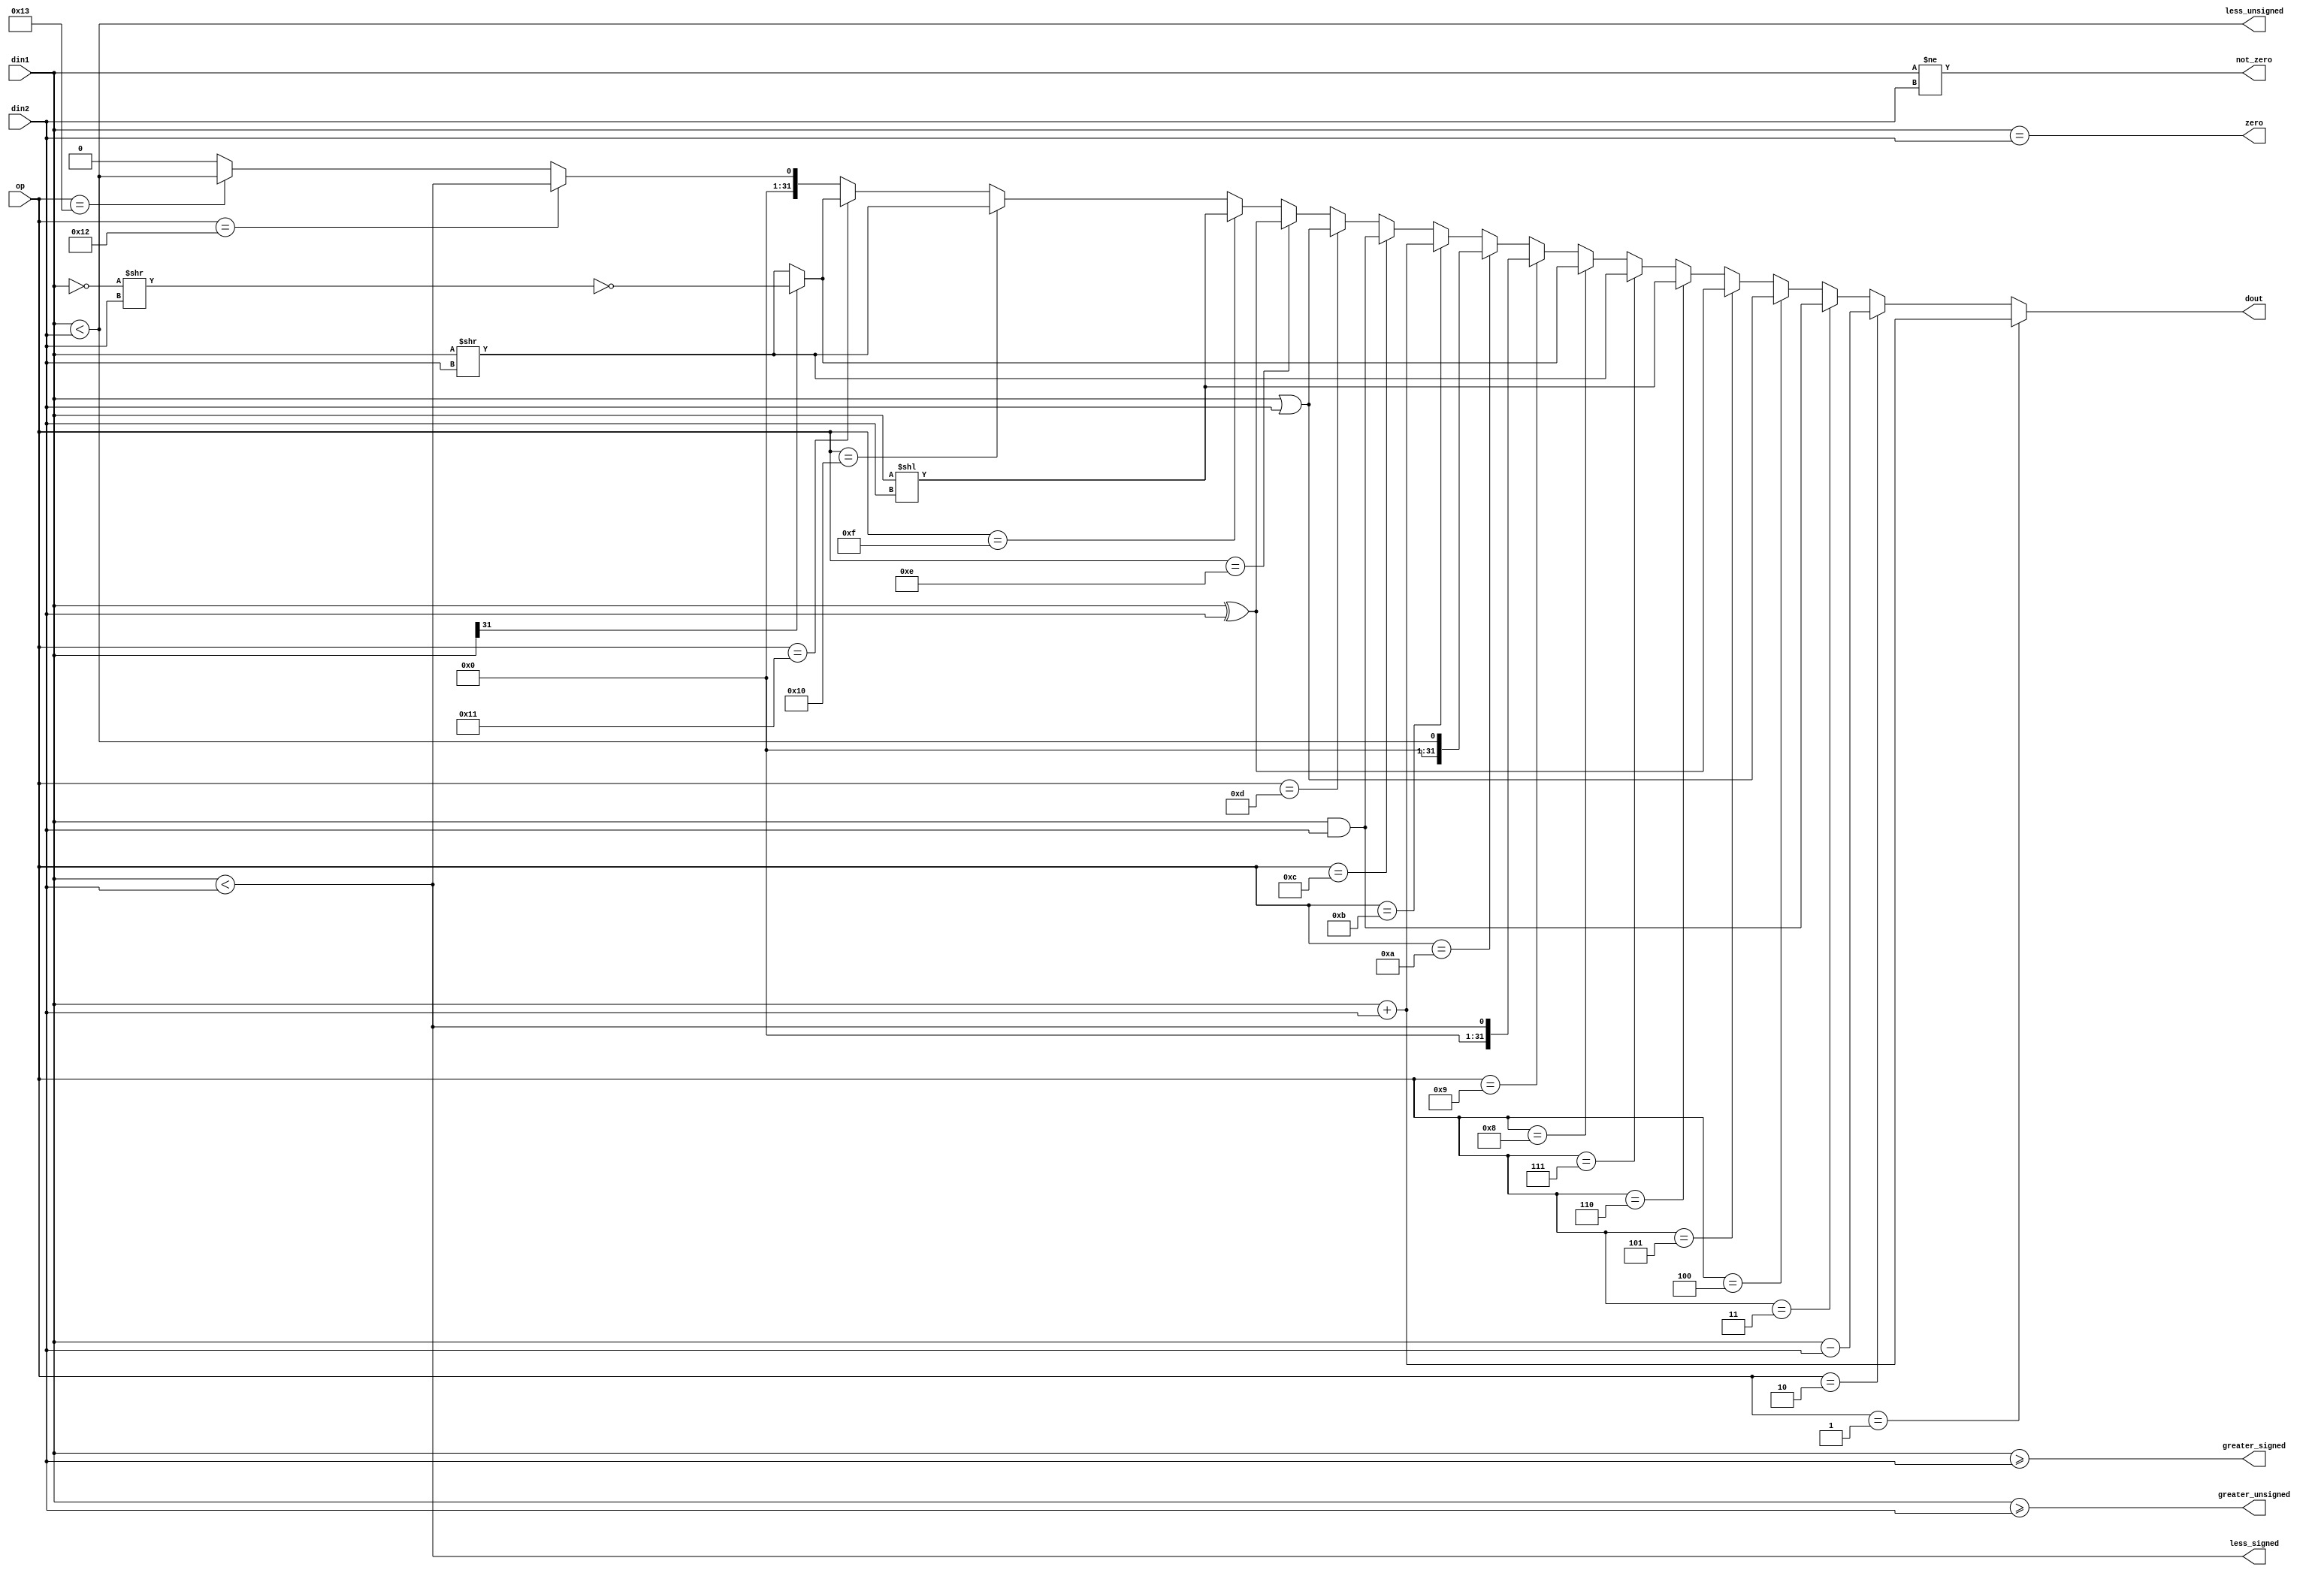
`timescale 1ns / 1ps
//////////////////////////////////////////////////////////////////////////////////
// Company: 
// Engineer: 
// 
// Design Name: 
// Module Name: alu
// Project Name: 
// Target Devices: 
// Tool Versions: 
// Description: 
// 
// Dependencies: 
// 
// Revision:
// Revision 0.01 - File Created
// Additional Comments:
// 
//////////////////////////////////////////////////////////////////////////////////


module alu # (
    parameter DATA_WIDTH = 32
)(
    input [DATA_WIDTH-1:0] din1,
    input [DATA_WIDTH-1:0] din2,
    input [4:0] op,
    output [DATA_WIDTH-1:0] dout,
    output zero, not_zero, greater_signed, greater_unsigned, less_signed, less_unsigned
);
    assign dout = (op == 5'b00001) ? (din1 + din2) :
                  (op == 5'b00010) ? (din1 - din2) :
                  (op == 5'b00011) ? (din1 & din2) :
                  (op == 5'b00100) ? (din1 | din2) :
                  (op == 5'b00101) ? (din1 ^ din2) :
                  (op == 5'b00110) ? (din1 << din2) :
                  (op == 5'b00111) ? (din1 >> din2) :
                  (op == 5'b01000) ? ((din1[31]==1'b1)?~((~din1)>>din2):(din1>>din2)) : //signed>>>bug
                  (op == 5'b01001) ? ($signed(din1) < $signed(din2)) :
                  (op == 5'b01010) ? (din1 < din2) :
                  
                  (op == 5'b01011) ? (din1 + din2) :
                  (op == 5'b01100) ? (din1 & din2) :
                  (op == 5'b01101) ? (din1 | din2) :
                  (op == 5'b01110) ? (din1 ^ din2) :
                  (op == 5'b01111) ? (din1 << din2) :
                  (op == 5'b10000) ? (din1 >> din2) :
                  (op == 5'b10001) ? ((din1[31]==1'b1)?~((~din1)>>din2):(din1>>din2)) :
                  (op == 5'b10010) ? ($signed(din1) < $signed(din2)) :
                  (op == 5'b10011) ? (din1 < din2) : 0;
                  
    assign zero = ($signed(din1) == $signed(din2));
    assign greater_signed = ($signed(din1) >= $signed(din2));
    assign greater_unsigned = (din1 >= din2);
    assign less_signed = ($signed(din1) < $signed(din2));
    assign less_unsigned = (din1 < din2);
    assign not_zero = (din1 != din2);
endmodule